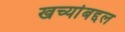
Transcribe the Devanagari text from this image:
खर्च्याबद्दल